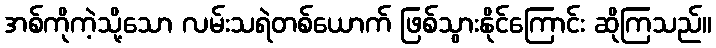
အစ်ကိုကဲ့သို့သော လမ်းသရဲတစ်ယောက် ဖြစ်သွားနိုင်ကြောင်း ဆိုကြသည်။